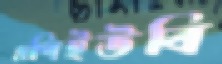
এপিইউবি